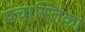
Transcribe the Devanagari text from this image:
पंचास्तिका